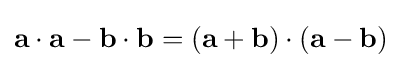
{\mathbf {a} }\cdot {\mathbf {a} }-{\mathbf {b} }\cdot {\mathbf {b} }=({\mathbf {a} }+{\mathbf {b} })\cdot ({\mathbf {a} }-{\mathbf {b} })